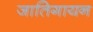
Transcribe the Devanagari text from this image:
जातिगायन